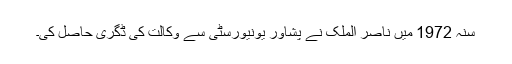
سنہ 1972 میں ناصر الملک نے پشاور یونیورسٹی سے وکالت کی ڈگری حاصل کی۔